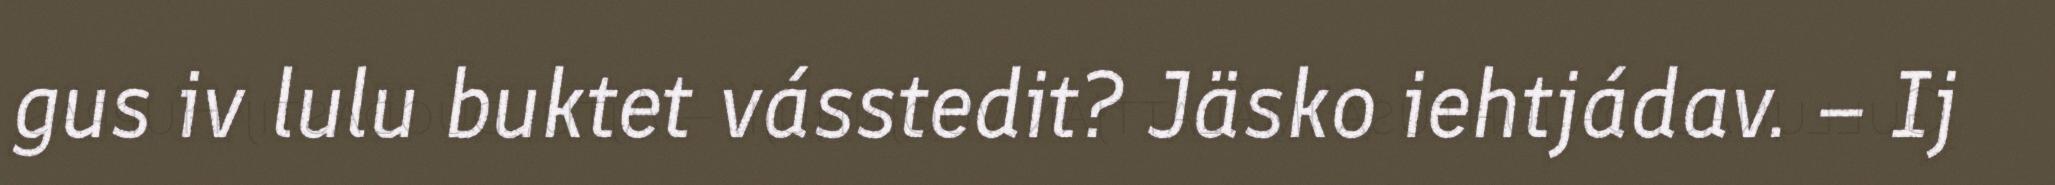
gus iv lulu buktet vásstedit? Jäsko iehtjádav. – Ij